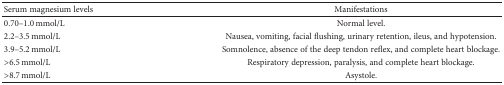
<table><thead><tr><td><b>Serum magnesium levels</b></td><td><b>Manifestations</b></td></tr></thead><tbody><tr><td>0.70–1.0 mmol/L</td><td>Normal level.</td></tr><tr><td>2.2–3.5 mmol/L</td><td>Nausea, vomiting, facial flushing, urinary retention, ileus, and hypotension.</td></tr><tr><td>3.9–5.2 mmol/L</td><td>Somnolence, absence of the deep tendon reflex, and complete heart blockage.</td></tr><tr><td>&gt;6.5 mmol/L</td><td>Respiratory depression, paralysis, and complete heart blockage.</td></tr><tr><td>&gt;8.7 mmol/L</td><td>Asystole.</td></tr></tbody></table>